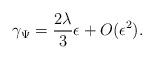
LaTeX: \begin{align*}\gamma_{\Psi} =\frac{2\lambda}{3} \epsilon + O(\epsilon^2).\end{align*}